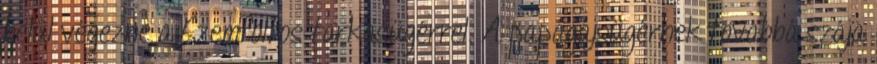
belül végezne a Szemfoltos tarkasügérrel. A papagájsügérnek továbbá szája